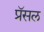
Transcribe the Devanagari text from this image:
प्रॅसल